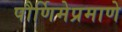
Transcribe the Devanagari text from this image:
पौर्णिमेप्रमाणे